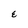
Character: E